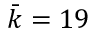
\bar { k } = 1 9